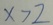
x > 2